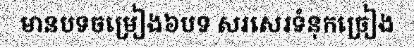
មានបទចម្រៀង៦បទ សរសេរទំនុកច្រៀង